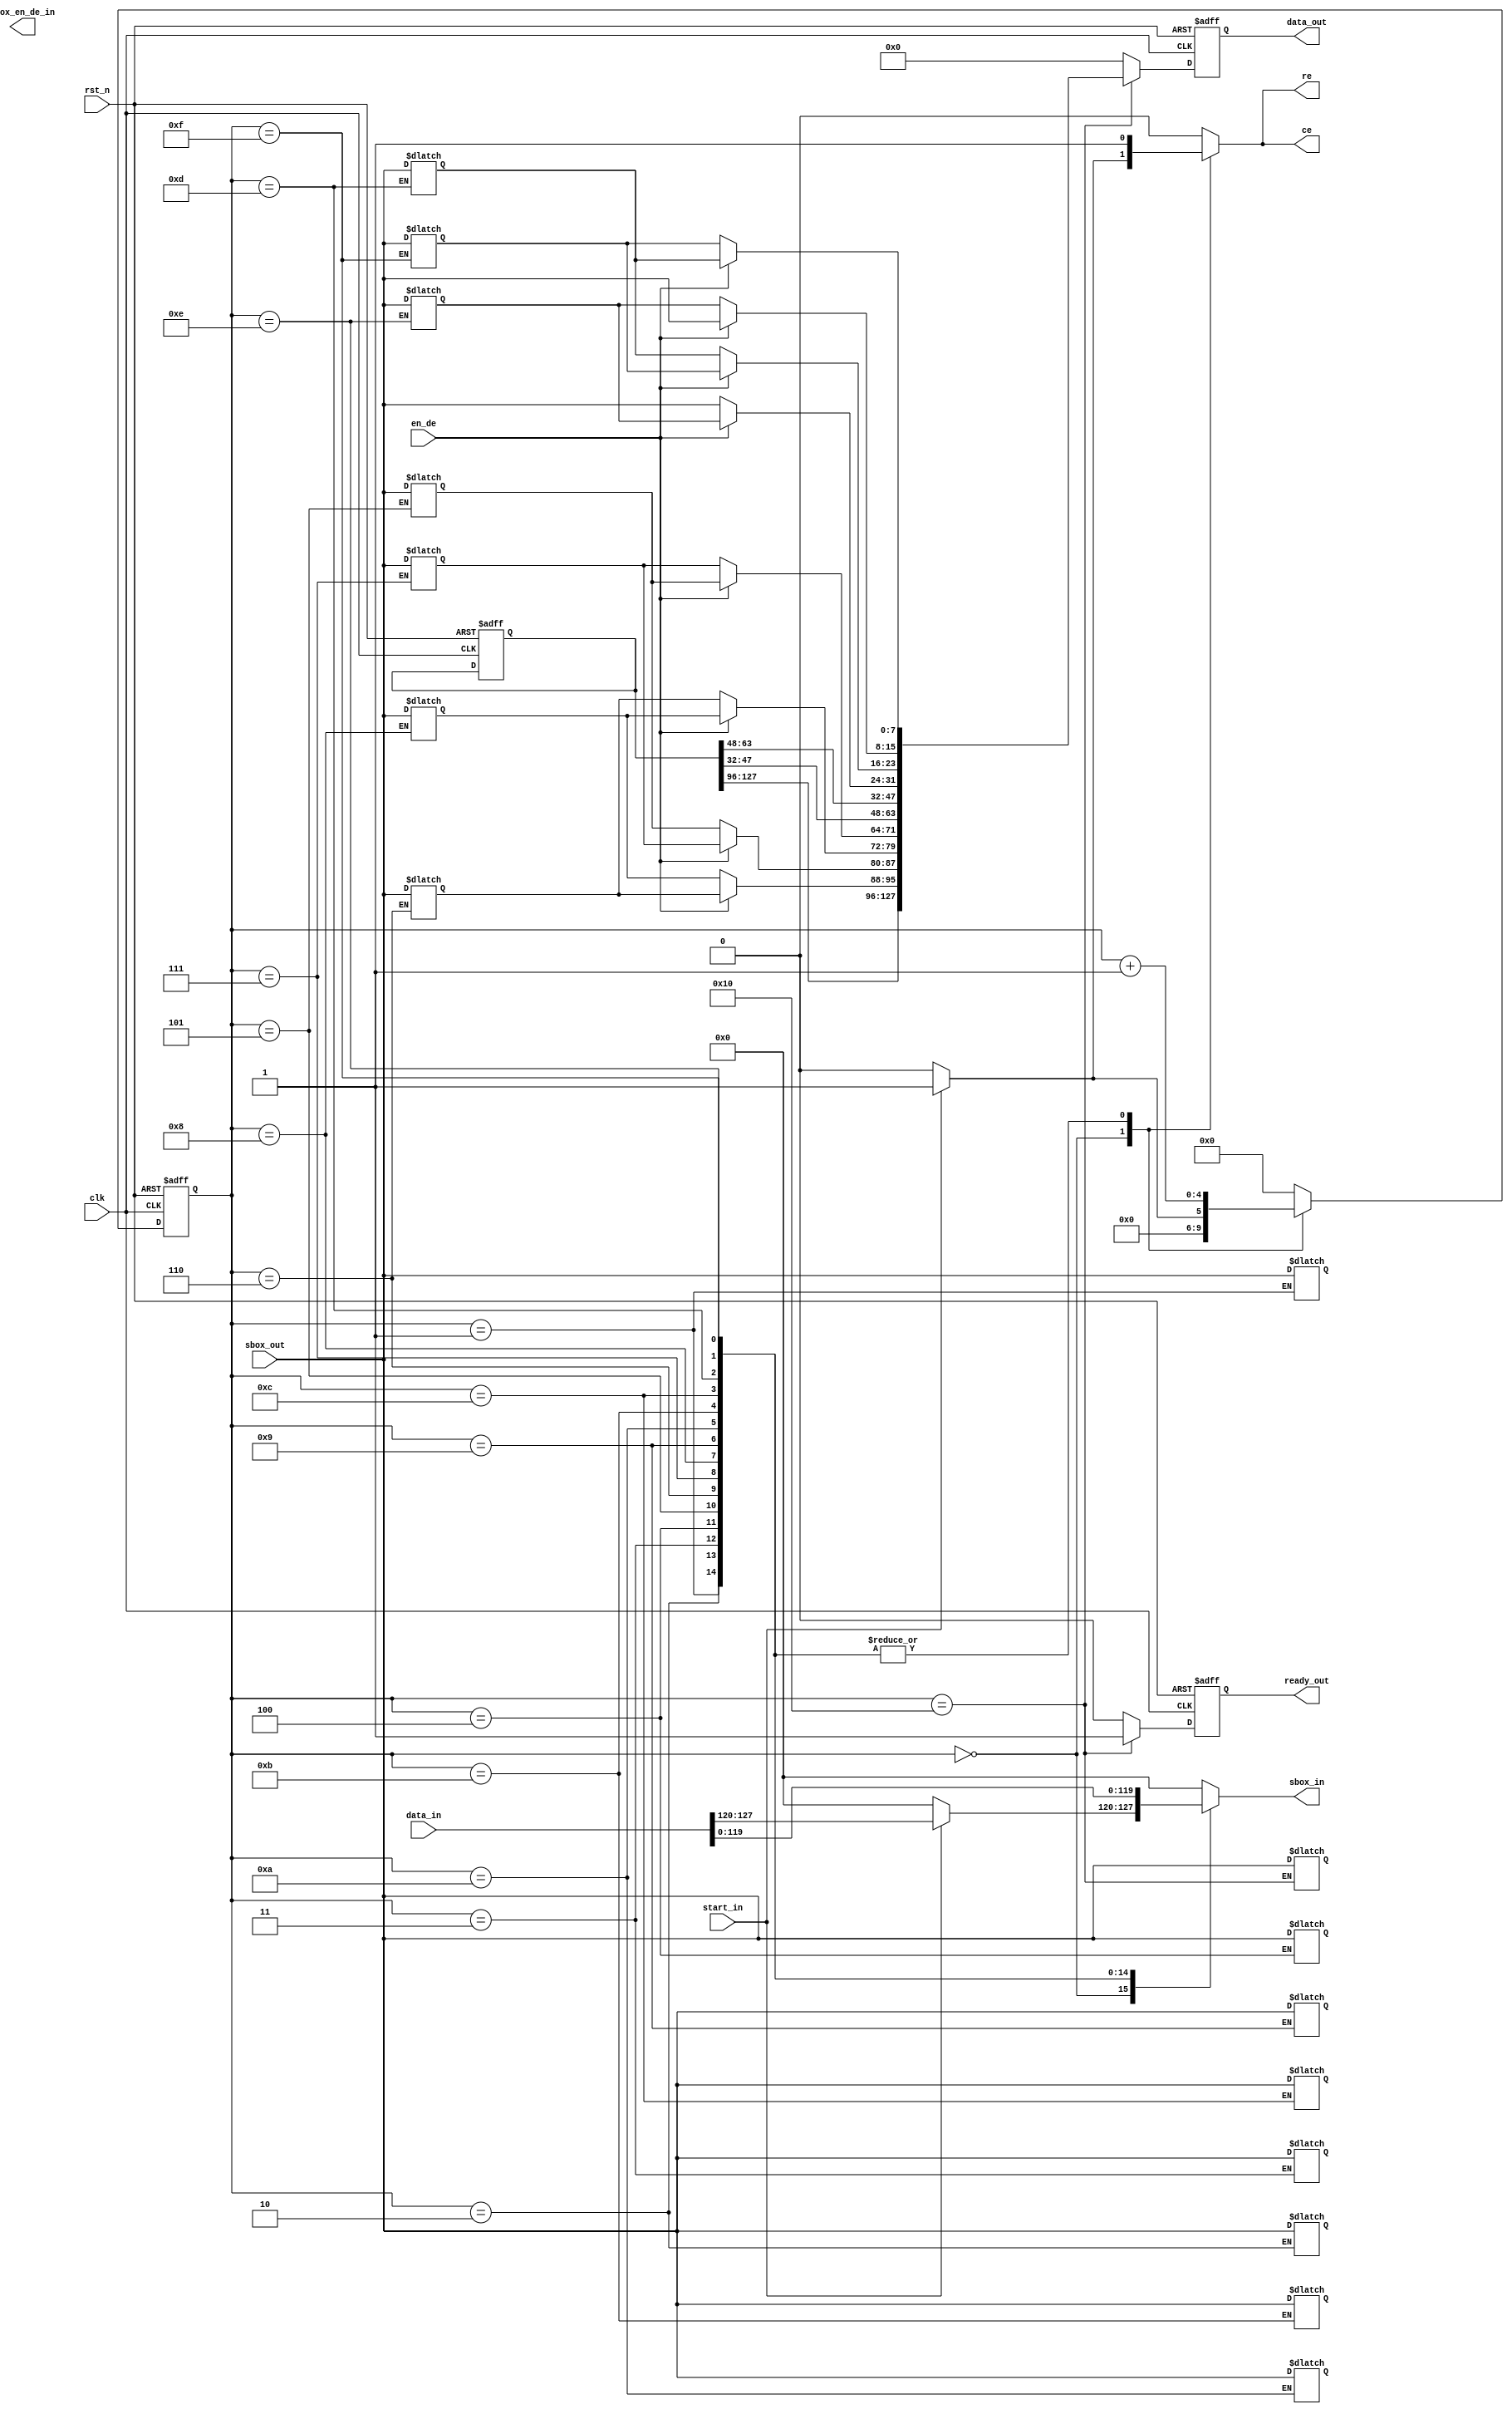
/**********************************************************************
					SUBBTYE MODULE
	note: In this module, 128 bit data are shifted and substituted to
			its appropriate data according to AES standard
***********************************************************************/
module	subbyte (
/*****  INPUT 																			*/
	/*****	DATA SIGNALS																*/
	input wire				clk,
	input wire				rst_n,
	input wire	[127:0]		data_in,
	input wire	[7:0]		sbox_out,	//data that comes from SBOX module

/*****	OUTPUT																			*/
	output reg	[127:0]		data_out,
	output reg	[7:0]		sbox_in,	//data that goes into SBOX module for data lookup
	output reg				sbox_en_de_in,		//1: encryption,	0:decryption
	output reg				ce,
	output reg				re,
	output reg				ready_out,

	/*****	CONTROL SIGNALS																*/
	input wire				start_in,
	input wire				en_de				
);
/*
`define shift_128 \

	nxt_data_out[127:120] =	data_state_t[0]; \
	nxt_data_out[119:112] =	data_state_t[1]; \
    nxt_data_out[111:104] =	data_state_t[2]; \
    nxt_data_out[103:96]  =	data_state_t[3]; \
    nxt_data_out[95:88]   =	data_state_t[5]; \
    nxt_data_out[87:80]   =	data_state_t[6]; \
    nxt_data_out[79:72]   =	data_state_t[7]; \
    nxt_data_out[71:64]   =	data_state_t[4]; \
    nxt_data_out[63:56]   =	data_state_t[10]; \
    nxt_data_out[55:48]   =	data_state_t[11]; \
    nxt_data_out[47:40]   =	data_state_t[8]; \
    nxt_data_out[39:32]   =	data_state_t[9]; \
    nxt_data_out[31:24]   =	data_state_t[15]; \
    nxt_data_out[23:16]   =	data_state_t[12]; \
    nxt_data_out[15:8]    =	data_state_t[13]; \
    nxt_data_out[7:0]     =	data_state_t[14];

`define inverse_shift_128 \
	nxt_data_out[127:120] =	data_state_t[0];	\
    nxt_data_out[119:112] =	data_state_t[1];	\
    nxt_data_out[111:104] =	data_state_t[2];	\
    nxt_data_out[103:96]  =	data_state_t[3];	\
    nxt_data_out[95:88]   =	data_state_t[7];	\
    nxt_data_out[87:80]   =	data_state_t[4];	\
    nxt_data_out[79:72]   =	data_state_t[5];	\
    nxt_data_out[71:64]   =	data_state_t[6];	\
    nxt_data_out[63:56]   =	data_state_t[10];	\
    nxt_data_out[55:48]   =	data_state_t[11];	\
    nxt_data_out[47:40]   =	data_state_t[8];	\
    nxt_data_out[39:32]   =	data_state_t[9];	\
    nxt_data_out[31:24]   =	data_state_t[13];	\
    nxt_data_out[23:16]   =	data_state_t[14];	\
    nxt_data_out[15:8]    =	data_state_t[15];	\
    nxt_data_out[7:0]     =	data_state_t[12];
*/

/***************************************************
		REGISTERS
***************************************************/
reg		[127:0]		nxt_data_out, data_temp;
reg					nxt_ready_out;
reg		[4:0]		ctn, nxt_ctn;

always @ (posedge clk or negedge rst_n) begin
	if (!rst_n) begin
		data_out 	<=	128'h0;
		data_temp	<=	128'h0;
		ready_out	<=	1'b0;
		ctn			<=	4'h0;
	end

	else begin
		data_out 	<=	nxt_data_out;
		ready_out	<=	nxt_ready_out;
		ctn			<=	nxt_ctn;
	end
end

/***************************************************
		TRANSFORMATION
***************************************************/

always @ (start_in or en_de or ctn or data_in) begin

	ce = 0;
	re = 0;
	sbox_in = 8'h0;
	nxt_data_out = 128'h0;
	nxt_ready_out = 1'b0;
	

	case(ctn)
		0: begin
			if(start_in) begin
				sbox_in = data_in[127:120];
				ce = 1;
				re = 1;
				nxt_ctn = 1;
			end
			else begin
				ce = 0;
				re = 0;
				sbox_in = 0;
				nxt_ctn = 0;
			end
		end
		
		1:	begin
			sbox_in = data_in[119:112];
			data_temp[127:120] = sbox_out;
			ce = 1;
			re = 1;
			nxt_ctn = ctn+1;
		end

		2:	begin
			sbox_in = data_in[111:104];
			data_temp[119:112] = sbox_out;
			ce = 1;
			re = 1;
			nxt_ctn = ctn+1;
		end
			
		3:	begin
			sbox_in = data_in[103:96];
			data_temp[111:104] = sbox_out;
			ce = 1;
			re = 1;
			nxt_ctn = ctn+1;
		end
			
			
		4:	begin
			sbox_in = data_in[95:88];
			data_temp[103:96] = sbox_out;
			ce = 1;
			re = 1;
			nxt_ctn = ctn+1;
		end

		5:	begin
			sbox_in = data_in[87:80];
			data_temp[95:88] = sbox_out;
			ce = 1;
			re = 1;
			nxt_ctn = ctn+1;
		end


		6:	begin
			sbox_in = data_in[79:72];
			data_temp[87:80] = sbox_out;
			ce = 1;
			re = 1;
			nxt_ctn = ctn+1;
		end

		7:	begin
			sbox_in = data_in[71:64];
			data_temp[79:72] = sbox_out;
			ce = 1;
			re = 1;
			nxt_ctn = ctn+1;
		end

		8:	begin
			sbox_in = data_in[63:56];
			data_temp[71:64] = sbox_out;
			ce = 1;
			re = 1;
			nxt_ctn = ctn+1;
		end

		9:	begin
			sbox_in = data_in[55:48];
			data_temp[63:56] = sbox_out;
			ce = 1;
			re = 1;
			nxt_ctn = ctn+1;
		end

		10:	begin
			sbox_in = data_in[47:40];
			data_temp[55:48] = sbox_out;
			ce = 1;
			re = 1;
			nxt_ctn = ctn+1;
		end

		11:	begin
			sbox_in = data_in[39:32];
			data_temp[47:40] = sbox_out;
			ce = 1;
			re = 1;
			nxt_ctn = ctn+1;
		end

		12:	begin
			sbox_in = data_in[31:24];
			data_temp[39:32] = sbox_out;
			ce = 1;
			re = 1;
			nxt_ctn = ctn+1;
		end


		13:	begin
			sbox_in = data_in[23:16];
			data_temp[31:24] = sbox_out;
			ce = 1;
			re = 1;
			nxt_ctn = ctn+1;
		end


		14:	begin
			sbox_in = data_in[15:8];
			data_temp[23:16] = sbox_out;
			ce = 1;
			re = 1;
			nxt_ctn = ctn+1;
		end

		15:	begin
			sbox_in = data_in[7:0];
			data_temp[15:8] = sbox_out;
			ce = 1;
			re = 1;
			nxt_ctn = ctn+1;
		end

		16: begin
			data_temp[7:0] = sbox_out;
			nxt_ctn = 0;
			if(en_de) begin
				nxt_data_out[127:120] =	data_temp[127:120];
				nxt_data_out[119:112] =	data_temp[119:112];
    			nxt_data_out[111:104] =	data_temp[111:104];
    			nxt_data_out[103:96]  =	data_temp[103:96]; 
    			nxt_data_out[95:88]   =	data_temp[87:80];
    			nxt_data_out[87:80]   =	data_temp[79:72];
    			nxt_data_out[79:72]   =	data_temp[71:64];
    			nxt_data_out[71:64]   =	data_temp[95:88];
    			nxt_data_out[63:56]   =	data_temp[47:40];
    			nxt_data_out[55:48]   =	data_temp[39:32];
    			nxt_data_out[47:40]   =	data_temp[63:56];
    			nxt_data_out[39:32]   =	data_temp[55:48];
    			nxt_data_out[31:24]   =	data_temp[23:16];
    			nxt_data_out[23:16]   =	data_temp[15:8] ;
    			nxt_data_out[15:8]    =	data_temp[7:0]  ;
    			nxt_data_out[7:0]     =	data_temp[31:24];
			end
			else begin
				nxt_data_out[127:120] =	data_temp[127:120];
                nxt_data_out[119:112] =	data_temp[119:112];
                nxt_data_out[111:104] =	data_temp[111:104];
                nxt_data_out[103:96]  =	data_temp[103:96];
                nxt_data_out[95:88]   =	data_temp[71:64];
                nxt_data_out[87:80]   =	data_temp[95:88];
                nxt_data_out[79:72]   =	data_temp[87:80];
                nxt_data_out[71:64]   =	data_temp[79:72];
                nxt_data_out[63:56]   =	data_temp[47:40];
                nxt_data_out[55:48]   =	data_temp[39:32];
                nxt_data_out[47:40]   =	data_temp[63:56];
                nxt_data_out[39:32]   =	data_temp[55:48];
                nxt_data_out[31:24]   =	data_temp[7:0];
                nxt_data_out[23:16]   =	data_temp[31:24];
                nxt_data_out[15:8]    =	data_temp[23:16];
                nxt_data_out[7:0]     =	data_temp[15:8]; 
			end
			nxt_ready_out = 1;
		end
		
		default: begin
			data_temp = data_temp;
			nxt_ctn = 0;
		end

	endcase
end


endmodule